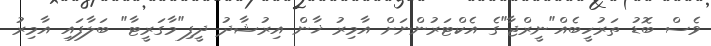
ވެސް ބޮޑު ތަރުހީބެއް"ނީރްޖާ"ގެ އެކްޓަރުންނަށް އާމިރު ޚާން އިރުޝާދު ދީފި"މާގަރީޓާ" ބަލާފައި އާމިރު